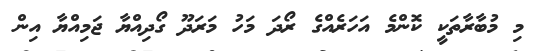
މި މުބާރާތަކީ ކޮންމެ އަހަރެއްގެ ރޯދަ މަހު މަރަދޫ ގޯދިއްޔާ ޖަމިއްޔާ އިން